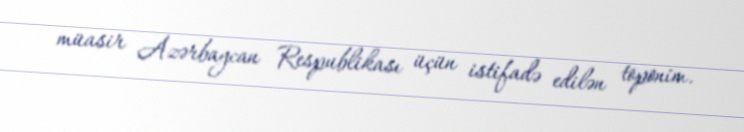
müasir Azərbaycan Respublikası üçün istifadə edilən toponim.